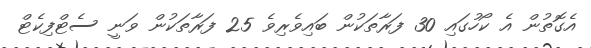
އެގޮތުން އެ ކޯހުގައި 30 ފަރާތަކުން ބައިވެރިވެ 25 ފަރާތަކުން ވަނީ ސެޓްފިކެޓް